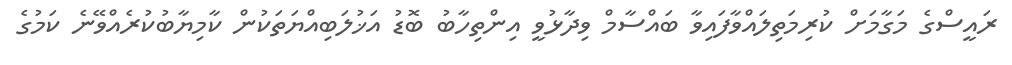
ރައީސްގެ މަގާމަށް ކުރިމަތިލައްވާފައިވާ ބައްސާމް ވިދާޅުވީ އިންތިހާބު ބޮޑު އަޚުލަބިއްޔަތަކުން ކާމިޔާބުކުރެއްވޭނެ ކަމުގެ